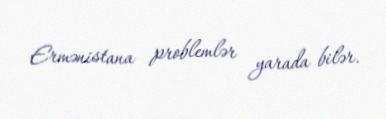
Ermənistana problemlər yarada bilər.